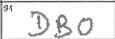
Transcription: DBO